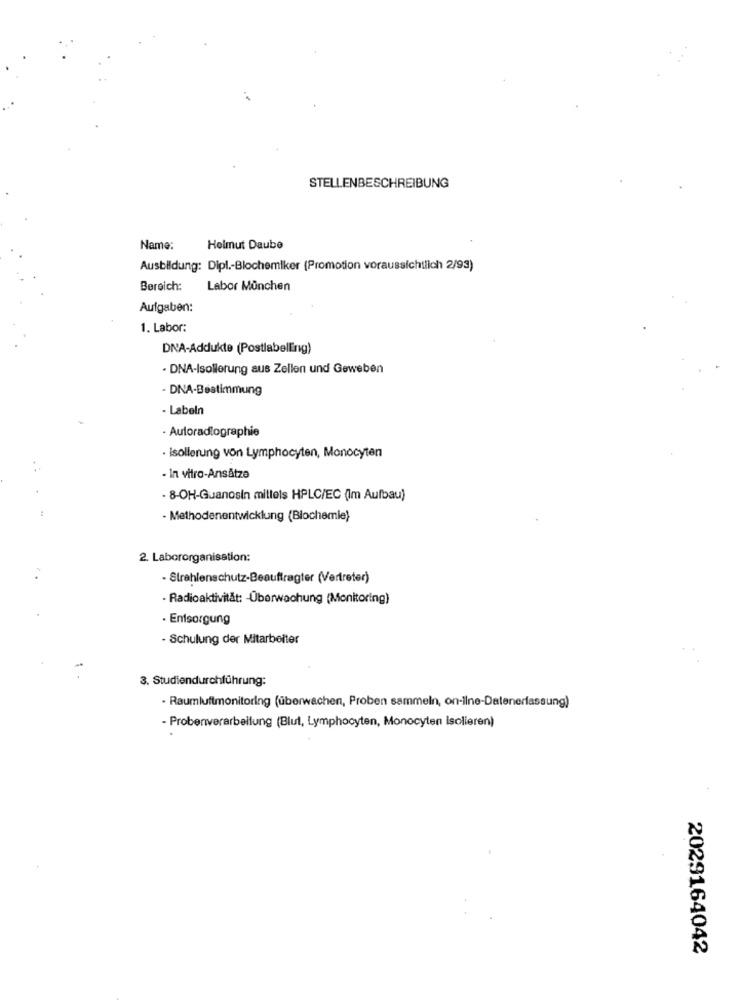
STELLENBESCHREIBUNG
Name:
Helmut Daube
Ausbildung: Dipl .- Blochemiker (Promotion voraussichtlich 2/93)
Bereich:
Labor München
Aufgaben:
1. Labor:
DNA-Addukte (Postlabelling)
- DNA-Isollerung aus Zellen und Geweben
- DNA-Bestimmung
- Labeln
· Autoradlographie
- isolierung von Lymphocyten, Monocyten
In vitro-Ansätze
- 8-OH-Guanosin mittels HPLC/EC (Im Aufbau)
- Methodenentwicklung (Biochemie)
2. Labororganisation:
- Strahlenschutz-Beauftragter (Vertreter)
- Radioaktivität: - Überwachung (Monitoring)
· Entsorgung
- Schulung der Mitarbeiter
3. Studiendurchführung:
· Raumluftmonitoring (überwachen, Proben sammeln, on-ilne-Datenerfassung)
- Probenverarbeitung (Blut, Lymphocyten, Monocyten Isolieren)
2029164042